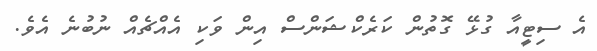
އެ ސިޓީއާ ގުޅޭ ގޮތުން ކަރެކްޝަންސް އިން ވަކި އެއްޗެއް ނުބުނެ އެވެ.